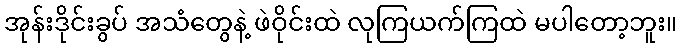
အုန်းဒိုင်းခွပ် အသံတွေနဲ့ ဖဲဝိုင်းထဲ လုကြယက်ကြထဲ မပါတော့ဘူး။